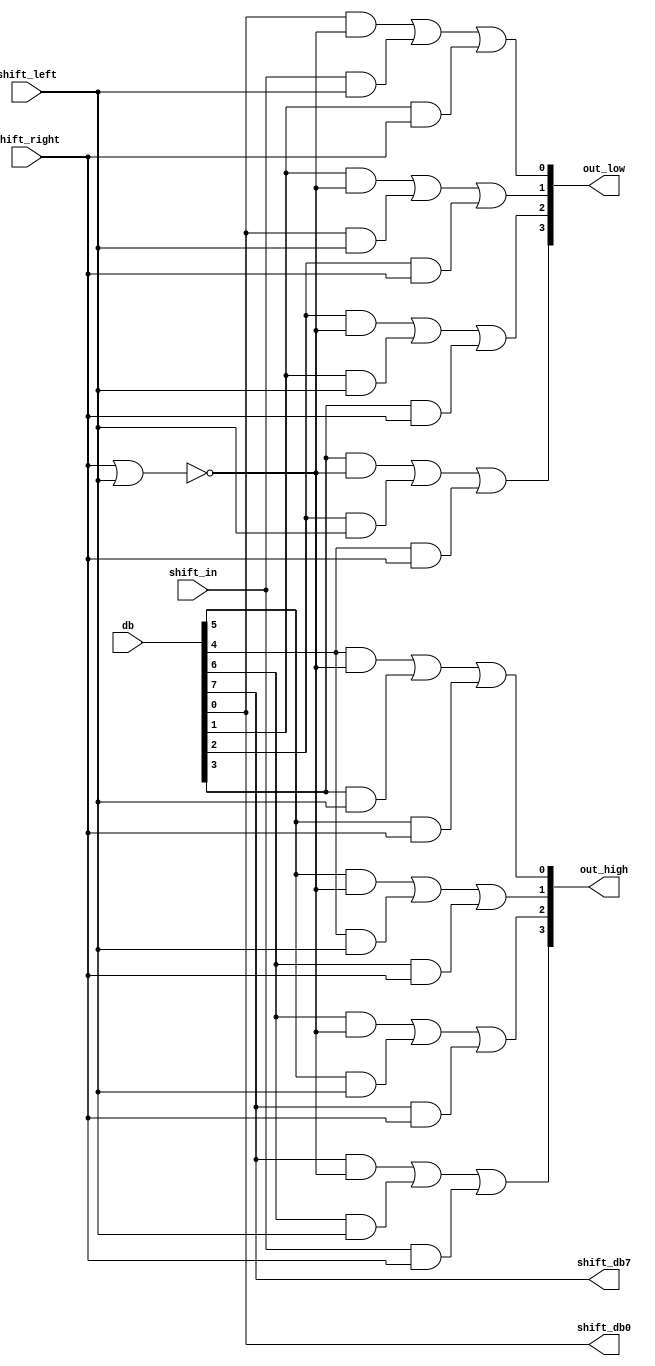
// Copyright (C) 1991-2013 Altera Corporation
// Your use of Altera Corporation's design tools, logic functions 
// and other software and tools, and its AMPP partner logic 
// functions, and any output files from any of the foregoing 
// (including device programming or simulation files), and any 
// associated documentation or information are expressly subject 
// to the terms and conditions of the Altera Program License 
// Subscription Agreement, Altera MegaCore Function License 
// Agreement, or other applicable license agreement, including, 
// without limitation, that your use is for the sole purpose of 
// programming logic devices manufactured by Altera and sold by 
// Altera or its authorized distributors.  Please refer to the 
// applicable agreement for further details.

// PROGRAM		"Quartus II 64-Bit"
// VERSION		"Version 13.0.1 Build 232 06/12/2013 Service Pack 1 SJ Web Edition"
// CREATED		"Mon Oct 13 11:55:31 2014"

module alu_shifter_core(
	shift_in,
	shift_right,
	shift_left,
	db,
	shift_db0,
	shift_db7,
	out_high,
	out_low
);


input wire	shift_in;
input wire	shift_right;
input wire	shift_left;
input wire	[7:0] db;
output wire	shift_db0;
output wire	shift_db7;
output wire	[3:0] out_high;
output wire	[3:0] out_low;

wire	[3:0] out_high_ALTERA_SYNTHESIZED;
wire	[3:0] out_low_ALTERA_SYNTHESIZED;
wire	SYNTHESIZED_WIRE_32;
wire	SYNTHESIZED_WIRE_8;
wire	SYNTHESIZED_WIRE_9;
wire	SYNTHESIZED_WIRE_10;
wire	SYNTHESIZED_WIRE_11;
wire	SYNTHESIZED_WIRE_12;
wire	SYNTHESIZED_WIRE_13;
wire	SYNTHESIZED_WIRE_14;
wire	SYNTHESIZED_WIRE_15;
wire	SYNTHESIZED_WIRE_16;
wire	SYNTHESIZED_WIRE_17;
wire	SYNTHESIZED_WIRE_18;
wire	SYNTHESIZED_WIRE_19;
wire	SYNTHESIZED_WIRE_20;
wire	SYNTHESIZED_WIRE_21;
wire	SYNTHESIZED_WIRE_22;
wire	SYNTHESIZED_WIRE_23;
wire	SYNTHESIZED_WIRE_24;
wire	SYNTHESIZED_WIRE_25;
wire	SYNTHESIZED_WIRE_26;
wire	SYNTHESIZED_WIRE_27;
wire	SYNTHESIZED_WIRE_28;
wire	SYNTHESIZED_WIRE_29;
wire	SYNTHESIZED_WIRE_30;
wire	SYNTHESIZED_WIRE_31;

assign	shift_db0 = db[0];
assign	shift_db7 = db[7];



assign	SYNTHESIZED_WIRE_9 = shift_in & shift_left;

assign	SYNTHESIZED_WIRE_8 = db[0] & SYNTHESIZED_WIRE_32;

assign	SYNTHESIZED_WIRE_10 = db[1] & shift_right;

assign	SYNTHESIZED_WIRE_12 = db[0] & shift_left;

assign	SYNTHESIZED_WIRE_11 = db[1] & SYNTHESIZED_WIRE_32;

assign	SYNTHESIZED_WIRE_13 = db[2] & shift_right;

assign	SYNTHESIZED_WIRE_15 = db[1] & shift_left;

assign	SYNTHESIZED_WIRE_14 = db[2] & SYNTHESIZED_WIRE_32;

assign	SYNTHESIZED_WIRE_16 = db[3] & shift_right;

assign	SYNTHESIZED_WIRE_18 = db[2] & shift_left;

assign	SYNTHESIZED_WIRE_17 = db[3] & SYNTHESIZED_WIRE_32;

assign	SYNTHESIZED_WIRE_19 = db[4] & shift_right;

assign	SYNTHESIZED_WIRE_21 = db[3] & shift_left;

assign	SYNTHESIZED_WIRE_20 = db[4] & SYNTHESIZED_WIRE_32;

assign	SYNTHESIZED_WIRE_22 = db[5] & shift_right;

assign	SYNTHESIZED_WIRE_24 = db[4] & shift_left;

assign	SYNTHESIZED_WIRE_23 = db[5] & SYNTHESIZED_WIRE_32;

assign	SYNTHESIZED_WIRE_25 = db[6] & shift_right;

assign	SYNTHESIZED_WIRE_27 = db[5] & shift_left;

assign	SYNTHESIZED_WIRE_26 = db[6] & SYNTHESIZED_WIRE_32;

assign	SYNTHESIZED_WIRE_28 = db[7] & shift_right;

assign	SYNTHESIZED_WIRE_30 = db[6] & shift_left;

assign	SYNTHESIZED_WIRE_29 = db[7] & SYNTHESIZED_WIRE_32;

assign	SYNTHESIZED_WIRE_31 = shift_in & shift_right;

assign	SYNTHESIZED_WIRE_32 = ~(shift_right | shift_left);

assign	out_low_ALTERA_SYNTHESIZED[0] = SYNTHESIZED_WIRE_8 | SYNTHESIZED_WIRE_9 | SYNTHESIZED_WIRE_10;

assign	out_low_ALTERA_SYNTHESIZED[1] = SYNTHESIZED_WIRE_11 | SYNTHESIZED_WIRE_12 | SYNTHESIZED_WIRE_13;

assign	out_low_ALTERA_SYNTHESIZED[2] = SYNTHESIZED_WIRE_14 | SYNTHESIZED_WIRE_15 | SYNTHESIZED_WIRE_16;

assign	out_low_ALTERA_SYNTHESIZED[3] = SYNTHESIZED_WIRE_17 | SYNTHESIZED_WIRE_18 | SYNTHESIZED_WIRE_19;

assign	out_high_ALTERA_SYNTHESIZED[0] = SYNTHESIZED_WIRE_20 | SYNTHESIZED_WIRE_21 | SYNTHESIZED_WIRE_22;

assign	out_high_ALTERA_SYNTHESIZED[1] = SYNTHESIZED_WIRE_23 | SYNTHESIZED_WIRE_24 | SYNTHESIZED_WIRE_25;

assign	out_high_ALTERA_SYNTHESIZED[2] = SYNTHESIZED_WIRE_26 | SYNTHESIZED_WIRE_27 | SYNTHESIZED_WIRE_28;

assign	out_high_ALTERA_SYNTHESIZED[3] = SYNTHESIZED_WIRE_29 | SYNTHESIZED_WIRE_30 | SYNTHESIZED_WIRE_31;

assign	out_high = out_high_ALTERA_SYNTHESIZED;
assign	out_low = out_low_ALTERA_SYNTHESIZED;

endmodule